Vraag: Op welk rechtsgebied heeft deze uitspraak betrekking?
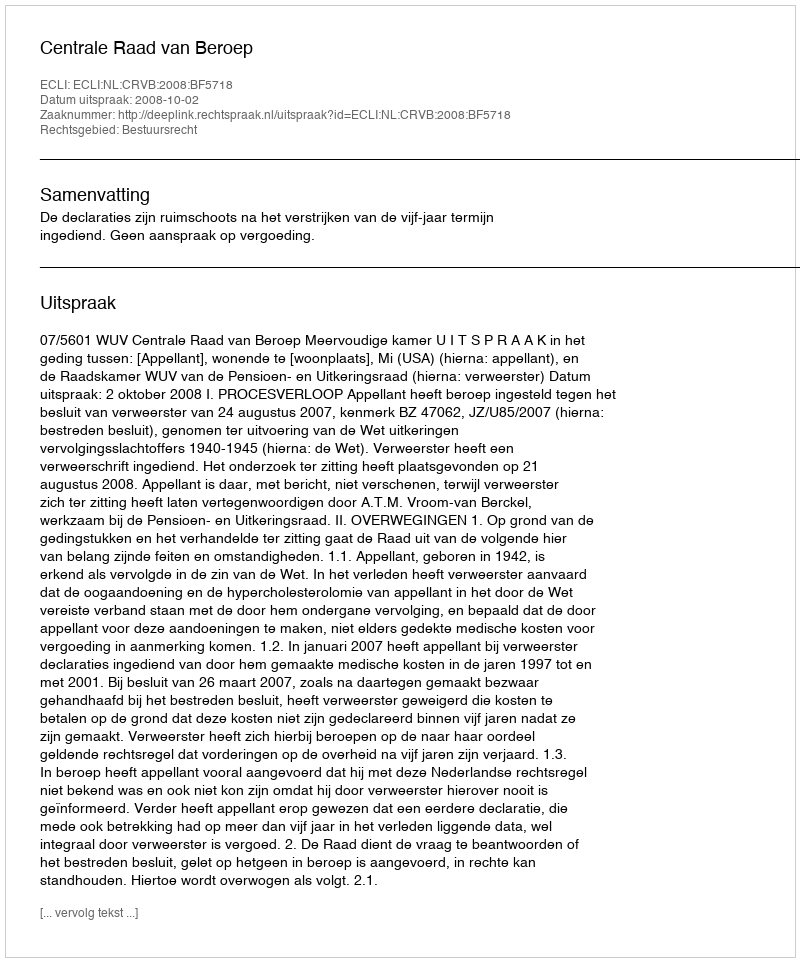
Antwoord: Bestuursrecht